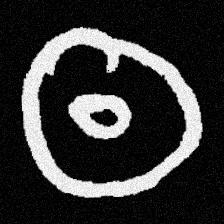
Pyu character \u2014 Myanmar letter: ထ (romanized: tha)